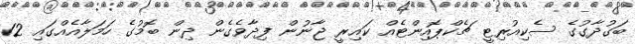
ބަގުދާގުގެ ސެކިއުރިޓީ ޗެކްޕޮއިންޓެއް ކައިރީ ޖާނުން ފިދާވެގެން ދިން ބޮމުގެ ހަމަލާއެއްގައި 12